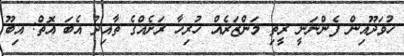
ހުވަދޫއިން ފެންނަނީ ރީތި މަންޒަރެއް ހުރިހާ ރަށެއްގެ ތާއިދު އެބަ އޮތް: އިބޫ